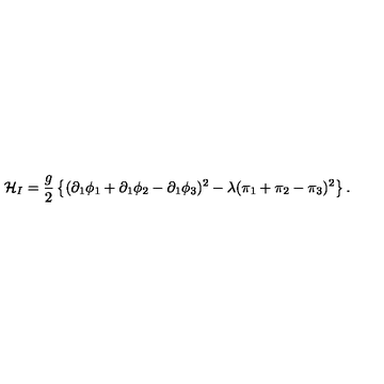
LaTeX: { \cal H } _ { I } = \frac { g } { 2 } \left\{ ( \partial _ { 1 } \phi _ { 1 } + \partial _ { 1 } \phi _ { 2 } - \partial _ { 1 } \phi _ { 3 } ) ^ { 2 } - \lambda ( \pi _ { 1 } + \pi _ { 2 } - \pi _ { 3 } ) ^ { 2 } \right\} .